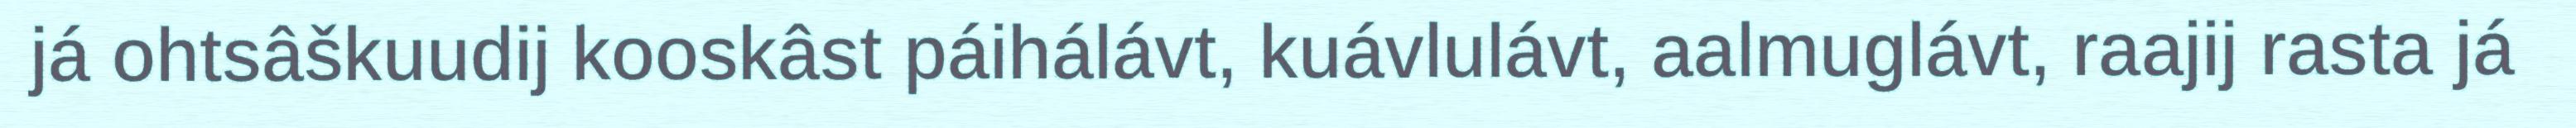
já ohtsâškuudij kooskâst páihálávt, kuávlulávt, aalmuglávt, raajij rasta já